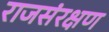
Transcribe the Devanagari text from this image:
राजसंरक्षण